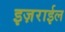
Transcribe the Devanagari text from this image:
इज़राईल